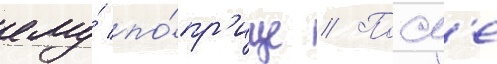
ему́ по́пр'ище // Посл'е